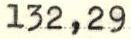
132,29